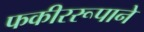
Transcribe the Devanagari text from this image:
फकीररूपाने